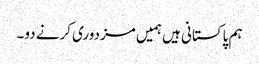
ہم پاکستانی ہیں ہمیں مزدوری کرنے دو۔